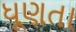
ધૂણતા